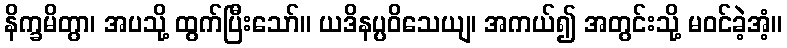
နိက္ခမိတွာ၊ အပသို့ ထွက်ပြီးသော်။ ယဒိနပ္ပဝိသေယျ၊ အကယ်၍ အတွင်းသို့ မဝင်ခဲ့အံ့။